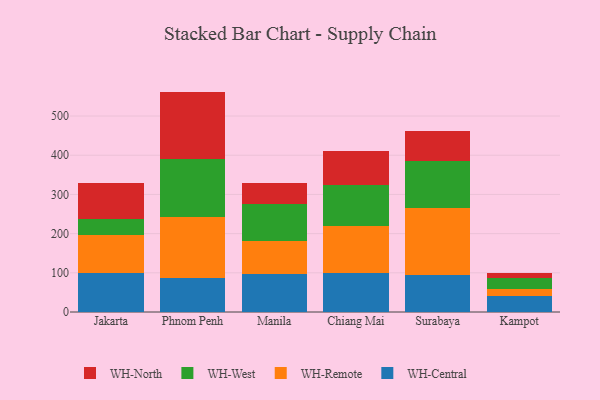
{"axis": {"x": "City", "y": "Energy Usage (MWh)"}, "legend": ["WH-Central", "WH-North", "WH-Remote", "WH-West"], "data": [{"x": "Jakarta", "y": 100.3, "type": "WH-Central"}, {"x": "Jakarta", "y": 97.4, "type": "WH-Remote"}, {"x": "Jakarta", "y": 38.8, "type": "WH-West"}, {"x": "Jakarta", "y": 92.8, "type": "WH-North"}, {"x": "Phnom Penh", "y": 85.9, "type": "WH-Central"}, {"x": "Phnom Penh", "y": 155.6, "type": "WH-Remote"}, {"x": "Phnom Penh", "y": 149.5, "type": "WH-West"}, {"x": "Phnom Penh", "y": 171.3, "type": "WH-North"}, {"x": "Manila", "y": 97.8, "type": "WH-Central"}, {"x": "Manila", "y": 83.4, "type": "WH-Remote"}, {"x": "Manila", "y": 93.8, "type": "WH-West"}, {"x": "Manila", "y": 54.8, "type": "WH-North"}, {"x": "Chiang Mai", "y": 100.4, "type": "WH-Central"}, {"x": "Chiang Mai", "y": 117.9, "type": "WH-Remote"}, {"x": "Chiang Mai", "y": 106.0, "type": "WH-West"}, {"x": "Chiang Mai", "y": 87.3, "type": "WH-North"}, {"x": "Surabaya", "y": 95.4, "type": "WH-Central"}, {"x": "Surabaya", "y": 171.0, "type": "WH-Remote"}, {"x": "Surabaya", "y": 119.1, "type": "WH-West"}, {"x": "Surabaya", "y": 75.8, "type": "WH-North"}, {"x": "Kampot", "y": 40.6, "type": "WH-Central"}, {"x": "Kampot", "y": 18.8, "type": "WH-Remote"}, {"x": "Kampot", "y": 26.3, "type": "WH-West"}, {"x": "Kampot", "y": 13.0, "type": "WH-North"}]}